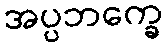
အပ္ပဘက္ခေ